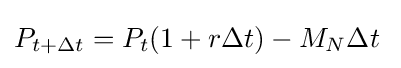
P_{t+\Delta t}=P_{t}(1+r\Delta t)-M_{N}\Delta t\;